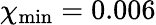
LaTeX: \chi_{\mathrm{min}}=0.006